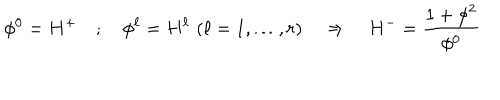
LaTeX: \phi ^ { 0 } = H ^ { + } \quad ; \quad \phi ^ { \ell } = H ^ { \ell } \, \, ( \ell = 1 , \dots , r ) \quad \Rightarrow \quad H ^ { - } = \frac { 1 + \mathbf { \phi } ^ { 2 } } { \phi ^ { 0 } }